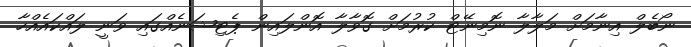
ނޯބެލް އިނާމަށް މަލާލާ ނޮމިނޭޓް ކުރުމަށް ގޮވާލާ އޮންލައިން ޕެޓިޝަނެއްގައި ވަނީ ލައްކައެއްހާ